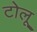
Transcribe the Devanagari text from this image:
टोलू